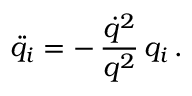
\ddot { q } _ { i } = - \, \frac { \dot { q } ^ { 2 } } { q ^ { 2 } } \, q _ { i } \, .